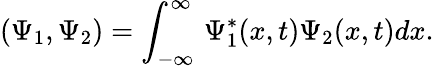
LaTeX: (\Psi_{1},\Psi_{2})=\int_{-\infty}^{\infty}\, \Psi_{1}^{*}(x,t)\Psi_{2}(x,t)dx.